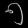
Digit: ၅